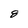
Character: 8